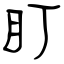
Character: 盯